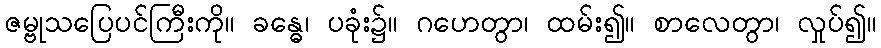
ဇမ္ဗုသပြေပင်ကြီးကို။ ခန္ဓေ၊ ပခုံး၌။ ဂဟေတွာ၊ ထမ်း၍။ စာလေတွာ၊ လှုပ်၍။